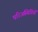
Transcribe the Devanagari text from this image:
परिअस्थितियों